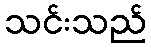
သင်းသည်